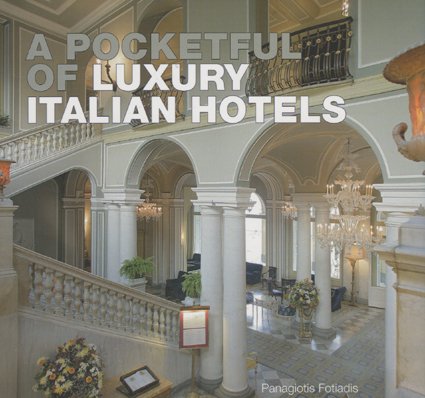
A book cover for A Pocketful of Luxury Italian Hotels; Panagiotis Fotiadis; Travel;